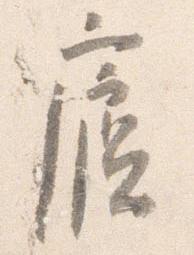
廬